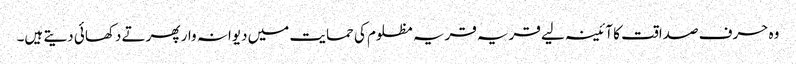
وہ حرف صداقت کا آئینہ لیے قریہ قریہ مظلوم کی حمایت میں دیوانہ وار پھرتے دکھائی دیتے ہیں۔